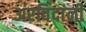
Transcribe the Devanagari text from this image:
अरविंदांनी